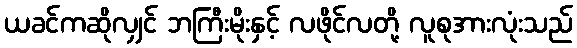
ယခင်ကဆိုလျှင် ဘကြီးမိုးနှင့် လဖိုင်လတို့ လူစုအားလုံးသည်